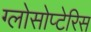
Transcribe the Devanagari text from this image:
ग्लोसोप्टेरिस